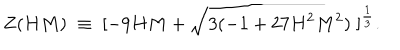
LaTeX: Z ( H M ) \; \equiv \; [ - 9 H M + \sqrt { 3 ( - 1 + 2 7 H ^ { 2 } M ^ { 2 } ) } \; ] ^ { \frac { 1 } { 3 } } .